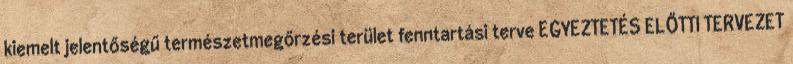
kiemelt jelentőségű természetmegőrzési terület fenntartási terve EGYEZTETÉS ELŐTTI TERVEZET